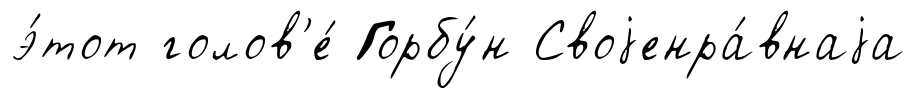
э́тот голов'е́ Горбу́н Своjенра́внаjа